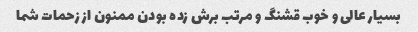
بسیار عالی و خوب قشنگ و مرتب برش زده بودن ممنون از زحمات شما